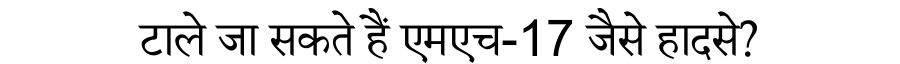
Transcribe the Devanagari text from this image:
टाले जा सकते हैं एमएच-17 जैसे हादसे?